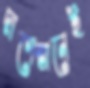
দাগেস্তানেই